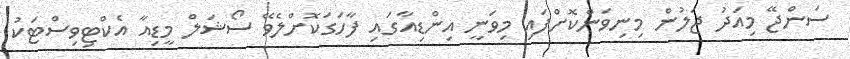
ސަންޖޭ މިއަދު ޖަލުން މިނިވަންކޮށްފައި މިވަނީ އިންޑިއާގައި ފާހަގަކޮށްލެވޭ ސޯޝަލް މީޑިއާ އެކްޓިވިސްޓަކު